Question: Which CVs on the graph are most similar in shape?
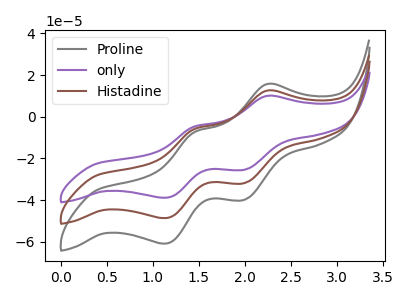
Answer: <think>The gray curve "Proline" has anodic peaks at (2.25V, 15.70uA) (1.45V, -7.30uA) and cathodic peaks at (2.00V, -39.95uA) (1.10V, -60.95uA). The purple curve "only" has anodic peaks at (2.25V, 25.10uA) (1.45V, -11.65uA) and cathodic peaks at (2.00V, -63.90uA) (1.10V, -97.40uA). The brown curve "Histadine" has anodic peaks at (2.25V, 12.55uA) (1.45V, -5.80uA) and cathodic peaks at (2.00V, -31.95uA) (1.10V, -48.70uA).
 All the peaks in "Proline" have a peak in "only" at the same potential. All the peaks in "Proline" have a peak in "Histadine" at the same potential. All the peaks in "only" have a peak in "Histadine" at the same potential.</think>
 <answer>"Proline", "only" and "Histadine" have the same shape and are likely CV's of the same chemical.</answer>
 <eval>"Proline" "only" "Histadine"</eval>